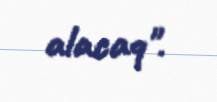
alacaq".